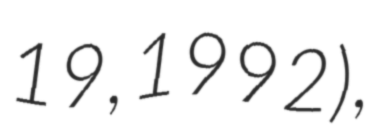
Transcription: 19, 1992),